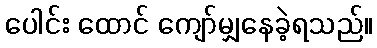
ပေါင်း ထောင် ကျော်မျှနေခဲ့ရသည်။